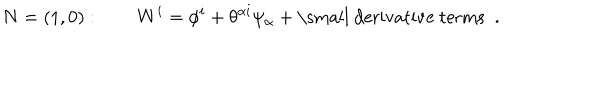
LaTeX: N = ( 1 , 0 ) : \qquad W ^ { i } = \phi ^ { i } + \theta ^ { \alpha i } \psi _ { \alpha } + \mathrm { \small ~ d e r i v a t i v e ~ t e r m s ~ } \; .